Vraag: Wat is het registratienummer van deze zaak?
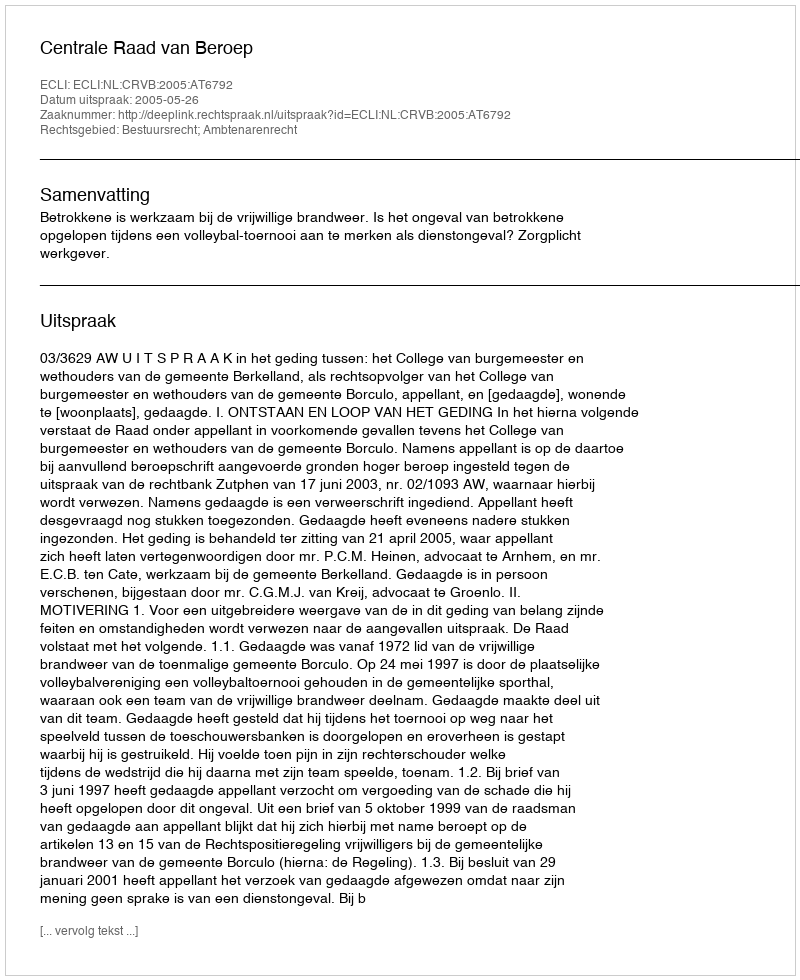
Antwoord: http://deeplink.rechtspraak.nl/uitspraak?id=ECLI:NL:CRVB:2005:AT6792